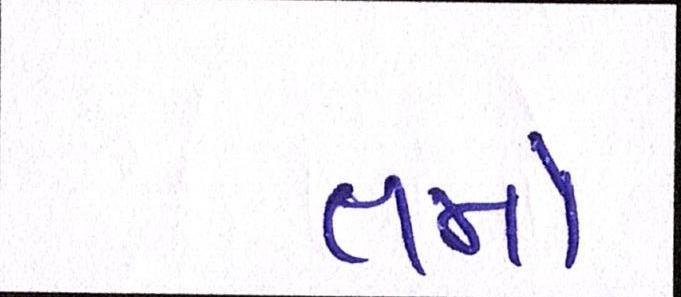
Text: તમો